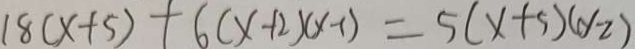
1 8 ( x + 5 ) + 6 ( x + 2 ) ( x - 1 ) = 5 ( x + 5 ) ( y - 2 )